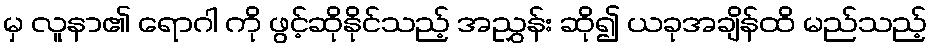
မှ လူနာ၏ ရောဂါ ကို ဖွင့်ဆိုနိုင်သည့် အညွှန်း ဆို၍ ယခုအချိန်ထိ မည်သည့်